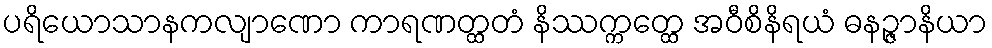
ပရိယောသာနကလျာဏော ကာရဏတ္ထတံ နိဿက္ကတ္ထေ အဝီစိနိရယံ ဓနဉ္ဇာနိယာ